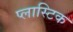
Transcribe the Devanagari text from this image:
प्‍लास्‍टिक